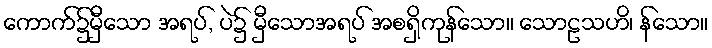
ကောက်၌မှီသော အရပ်, ပဲ၌ မှီသောအရပ် အစရှိကုန်သော။ သောဠသဟိ၊ န်သော။